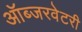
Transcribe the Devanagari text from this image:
ऑब्जरवेटरी